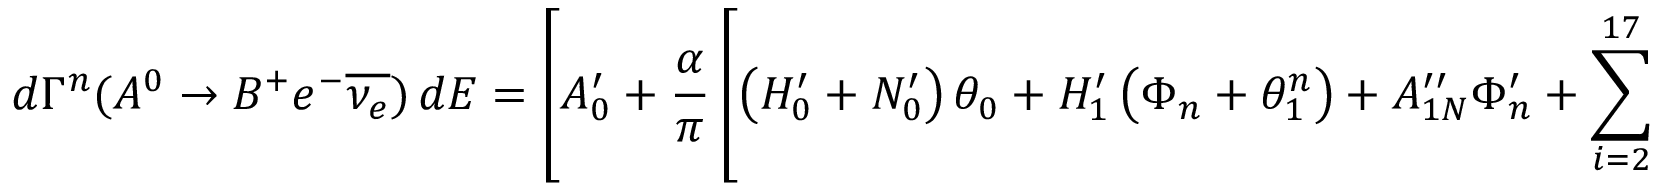
d \Gamma ^ { n } ( A ^ { 0 } \rightarrow B ^ { + } e ^ { - } \overline { { { \nu _ { e } } } } ) \, d E = \left[ A _ { 0 } ^ { \prime } + \frac { \alpha } { \pi } \left[ \left( H _ { 0 } ^ { \prime } + N _ { 0 } ^ { \prime } \right) \theta _ { 0 } + H _ { 1 } ^ { \prime } \left( \Phi _ { n } + \theta _ { 1 } ^ { n } \right) + A _ { 1 N } ^ { \prime \prime } \Phi _ { n } ^ { \prime } + \sum _ { i = 2 } ^ { 1 7 } \left( H _ { i } ^ { \prime } + N _ { i } ^ { \prime } \right) \theta _ { i } \right] \right] d \Omega .